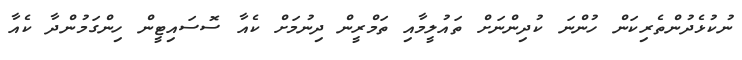
ނުކުޅެދުންތެރިކަން ހުންނަ ކުދިންނަށް ތައުލީމާއި ތަމްރީން ދިނުމަށް ކެއާ ސޮސައިޓީން ހިންގަމުންދާ ކެއާ